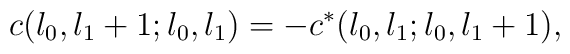
c(l_{0},l_{1}+1;l_{0},l_{1})=-c^{*}(l_{0},l_{1};l_{0},l_{1}+1),